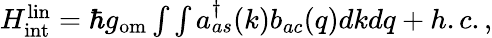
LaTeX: \begin{array}{r}{H_{\mathrm{int}}^{\mathrm{lin}}=\hbar g_{\mathrm{om}}\int\int a_{as}^{\dagger}(k)b_{ac}(q)dkdq+h.c.,}\end{array}